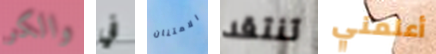
والكر في الامتنان تنتقد أعلمني